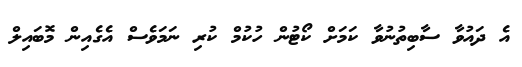
އެ ދައުވާ ސާބިތުނުވާ ކަމަށް ކޯޓުން ހުކުމް ކުރި ނަމަވެސް އެގެއިން މޮބައިލް